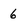
Character: 6